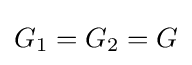
\textstyle G_{1}=G_{2}=G